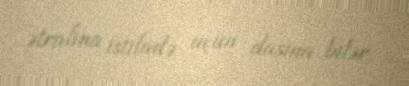
ətrafına istifadə üçün daşına bilər.